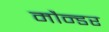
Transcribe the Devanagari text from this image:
मौन्डर